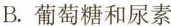
B.葡萄糖和尿素